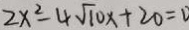
2 x ^ { 2 } - 4 \sqrt { 1 0 } x + 2 0 = 0